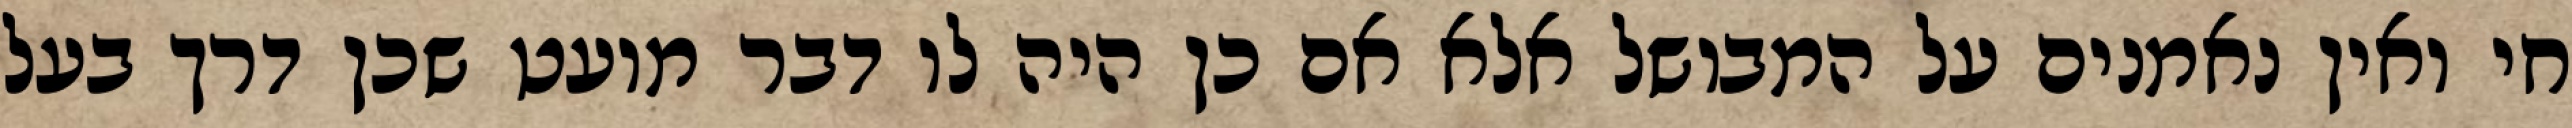
חי ואין נאמנים על המבושל אלא אם כן היה לו דבר מועט שכן דרך בעל